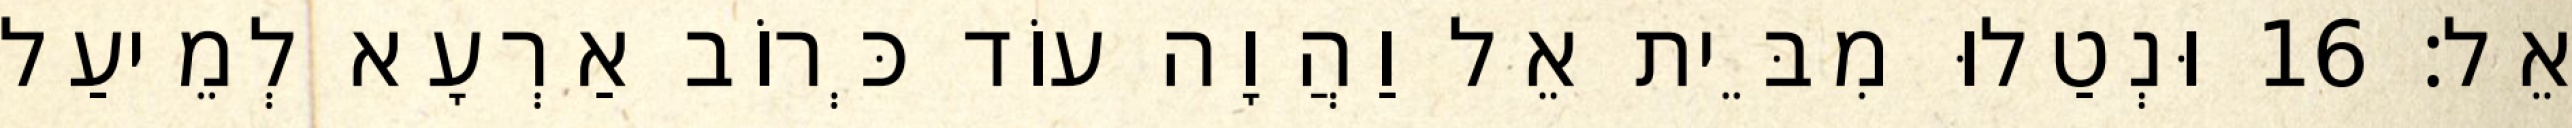
אֵל׃ 16 וּנְטַלוּ מִבֵּית אֵל וַהֲוָה עוֹד כְּרוֹב אַרְעָא לְמֵיעַל